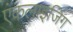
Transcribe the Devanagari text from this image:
एंकलाइजिंग